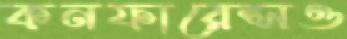
কনফারেন্সও